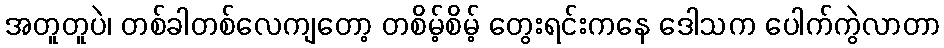
အတူတူပဲ၊ တစ်ခါတစ်လေကျတော့ တစိမ့်စိမ့် တွေးရင်းကနေ ဒေါသက ပေါက်ကွဲလာတာ